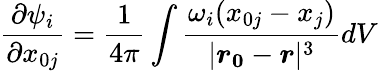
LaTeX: \frac{\partial\psi_{i}}{\partial x_{0j}}=\frac{1}{4\pi}\int\frac{\omega_{i}(x_{0j}-x_{j})}{|\boldsymbol{r_{0}}-\boldsymbol{r}|^{3}}dV